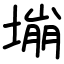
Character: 塴